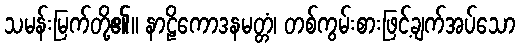
သမန်းမြက်တို့၏။ နာဠိကောဒနမတ္တံ၊ တစ်ကွမ်းစားဖြင့်ချက်အပ်သော